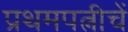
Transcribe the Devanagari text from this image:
प्रथमपत्नीचें